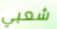
شعبي